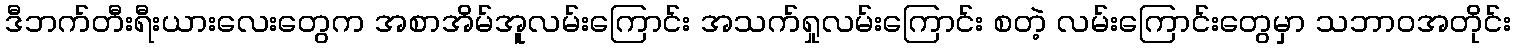
ဒီဘက်တီးရီးယားလေးတွေက အစာအိမ်အူလမ်းကြောင်း အသက်ရှုလမ်းကြောင်း စတဲ့ လမ်းကြောင်းတွေမှာ သဘာဝအတိုင်း